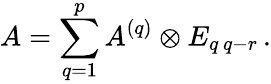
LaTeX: A=\sum_{q=1}^{p}A^{(q)}\otimes E_{q\, q-r}\, .